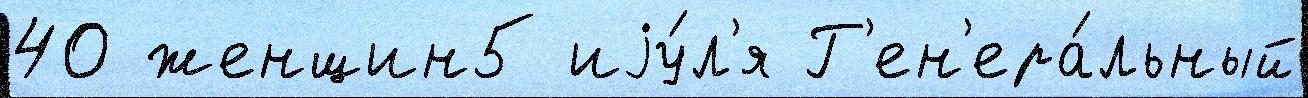
40 женщин5 иjу́л'я Г'ен'ера́льный